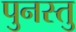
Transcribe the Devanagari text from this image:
पुनस्तु